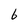
Character: 6